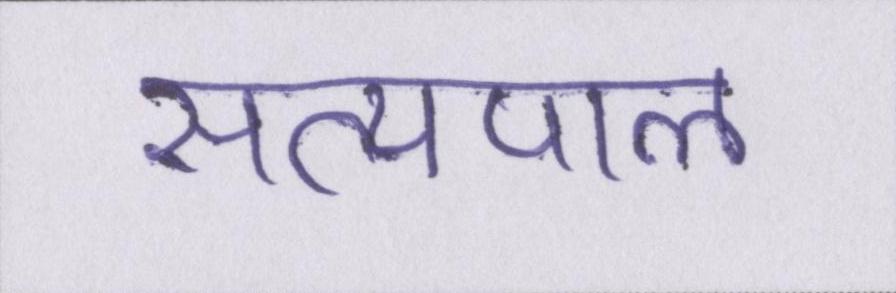
सत्यपाल